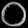
Digit: ၀